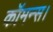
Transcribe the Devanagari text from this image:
कॉमन्स।